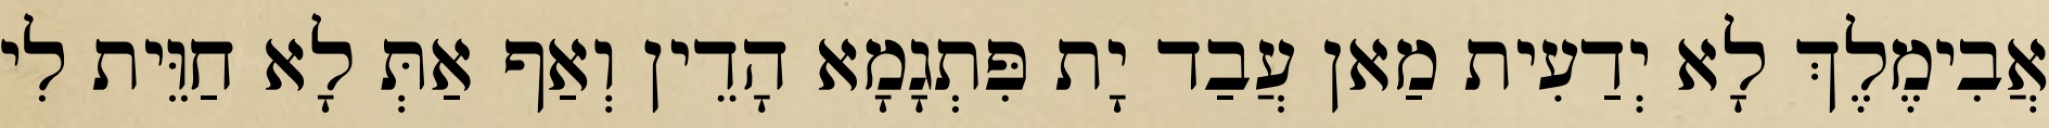
אֲבִימֶלֶךְ לָא יְדַעִית מַאן עֲבַד יָת פִּתְגָמָא הָדֵין וְאַף אַתְּ לָא חַוֵּית לִי